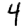
Digit: 4